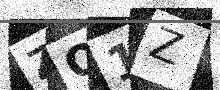
Text: ZQ1Z